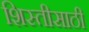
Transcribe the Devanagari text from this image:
शिस्तीसाठी